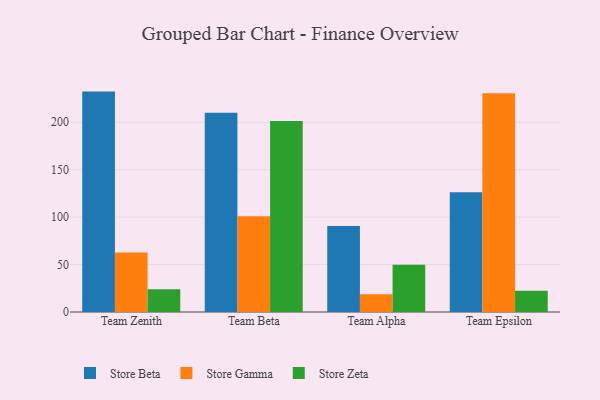
{"axis": {"x": "Team", "y": "Temperature (°C)"}, "legend": ["Store Beta", "Store Gamma", "Store Zeta"], "data": [{"x": "Team Zenith", "y": 232.3, "type": "Store Beta"}, {"x": "Team Zenith", "y": 62.7, "type": "Store Gamma"}, {"x": "Team Zenith", "y": 24.0, "type": "Store Zeta"}, {"x": "Team Beta", "y": 210.0, "type": "Store Beta"}, {"x": "Team Beta", "y": 100.8, "type": "Store Gamma"}, {"x": "Team Beta", "y": 201.4, "type": "Store Zeta"}, {"x": "Team Alpha", "y": 90.7, "type": "Store Beta"}, {"x": "Team Alpha", "y": 18.7, "type": "Store Gamma"}, {"x": "Team Alpha", "y": 49.9, "type": "Store Zeta"}, {"x": "Team Epsilon", "y": 126.1, "type": "Store Beta"}, {"x": "Team Epsilon", "y": 230.6, "type": "Store Gamma"}, {"x": "Team Epsilon", "y": 22.5, "type": "Store Zeta"}]}